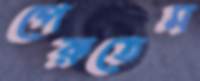
পেরুতেম